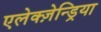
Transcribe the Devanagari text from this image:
एलेक्ज़ेन्ड्रिया